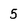
Character: 5